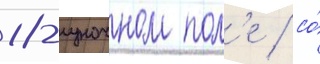
18-луночном пол'е / со́